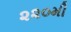
૨૨૦મી